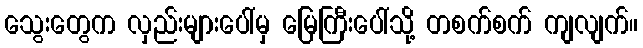
သွေးတွေက လှည်းများပေါ်မှ မြေကြီးပေါ်သို့ တစက်စက် ကျလျက်။